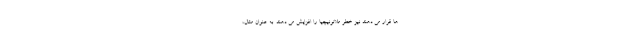
ها قرار می دهند نیز خطر ملانونیچیا را افزایش می دهند. به عنوان مثال،